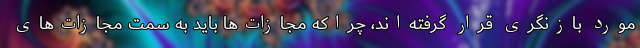
مورد بازنگری قرار گرفته‌اند، چراکه مجازات‌ها باید به سمت مجازات‌های